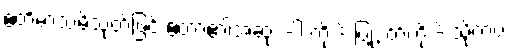
ဧတိမာသမိသုတ်ဖြင့် ဧတာ၏အဆုံး -ါ ကို -ိ ပြု, တ်ကို -ိ သို့ကပ်